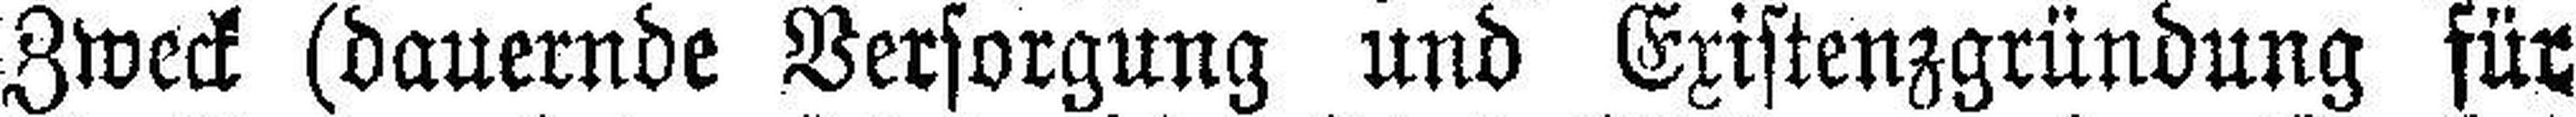
Zweck (dauernde Versorgung und Existenzgründung für